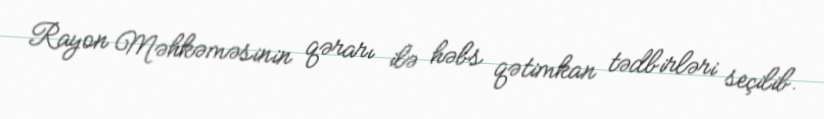
Rayon Məhkəməsinin qərarı ilə həbs qətimkan tədbirləri seçilib.